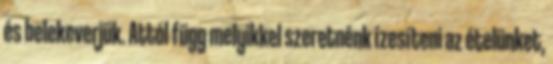
és belekeverjük. Attól függ melyikkel szeretnénk ízesíteni az ételünket,